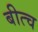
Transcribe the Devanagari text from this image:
बीत्च